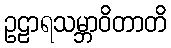
ဥဠာရသမ္ဘာဝိတာတိ